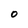
Character: 0